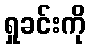
ရှုခင်းကို